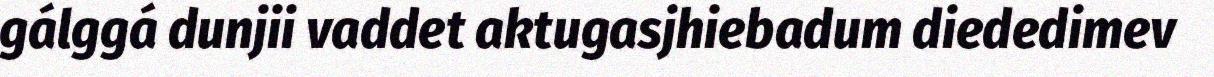
gálggá dunjii vaddet aktugasjhiebadum diededimev